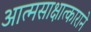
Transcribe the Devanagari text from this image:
आत्मसाक्षात्काराने